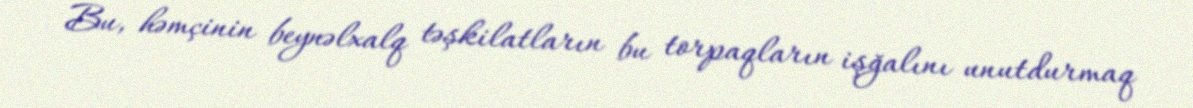
Bu, həmçinin beynəlxalq təşkilatların bu torpaqların işğalını unutdurmaq